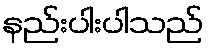
နည်းပါးပါသည်